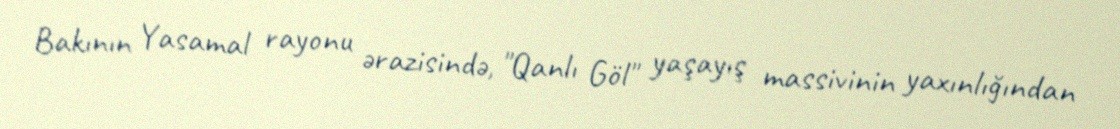
Bakının Yasamal rayonu ərazisində, "Qanlı Göl" yaşayış massivinin yaxınlığından